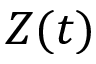
Z ( t )